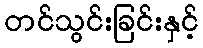
တင်သွင်းခြင်းနှင့်